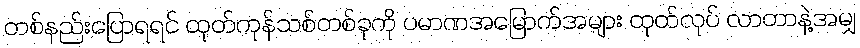
တစ်နည်းပြောရရင် ထုတ်ကုန်သစ်တစ်ခုကို ပမာဏအမြောက်အများ ထုတ်လုပ် လာတာနဲ့အမျှ